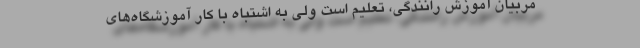
مربیان آموزش رانندگی، تعلیم است ولی به اشتباه با کار آموزشگاه‌های